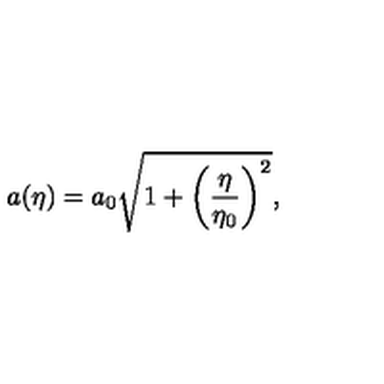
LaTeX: a ( \eta ) = a _ { 0 } \sqrt { 1 + \left( { \frac { \eta } { \eta _ { 0 } } } \right) ^ { 2 } } ,